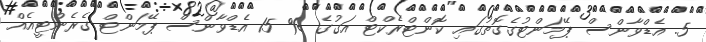
5. އެޑްވާންސް ޕޭމަންޓުގެގޮތުގައި ކޮންޓްރެކްޓް އަގުގެ % 15 އެޑްވާންސް ޕޭމަންޓް ގެރެންޓީއެއް